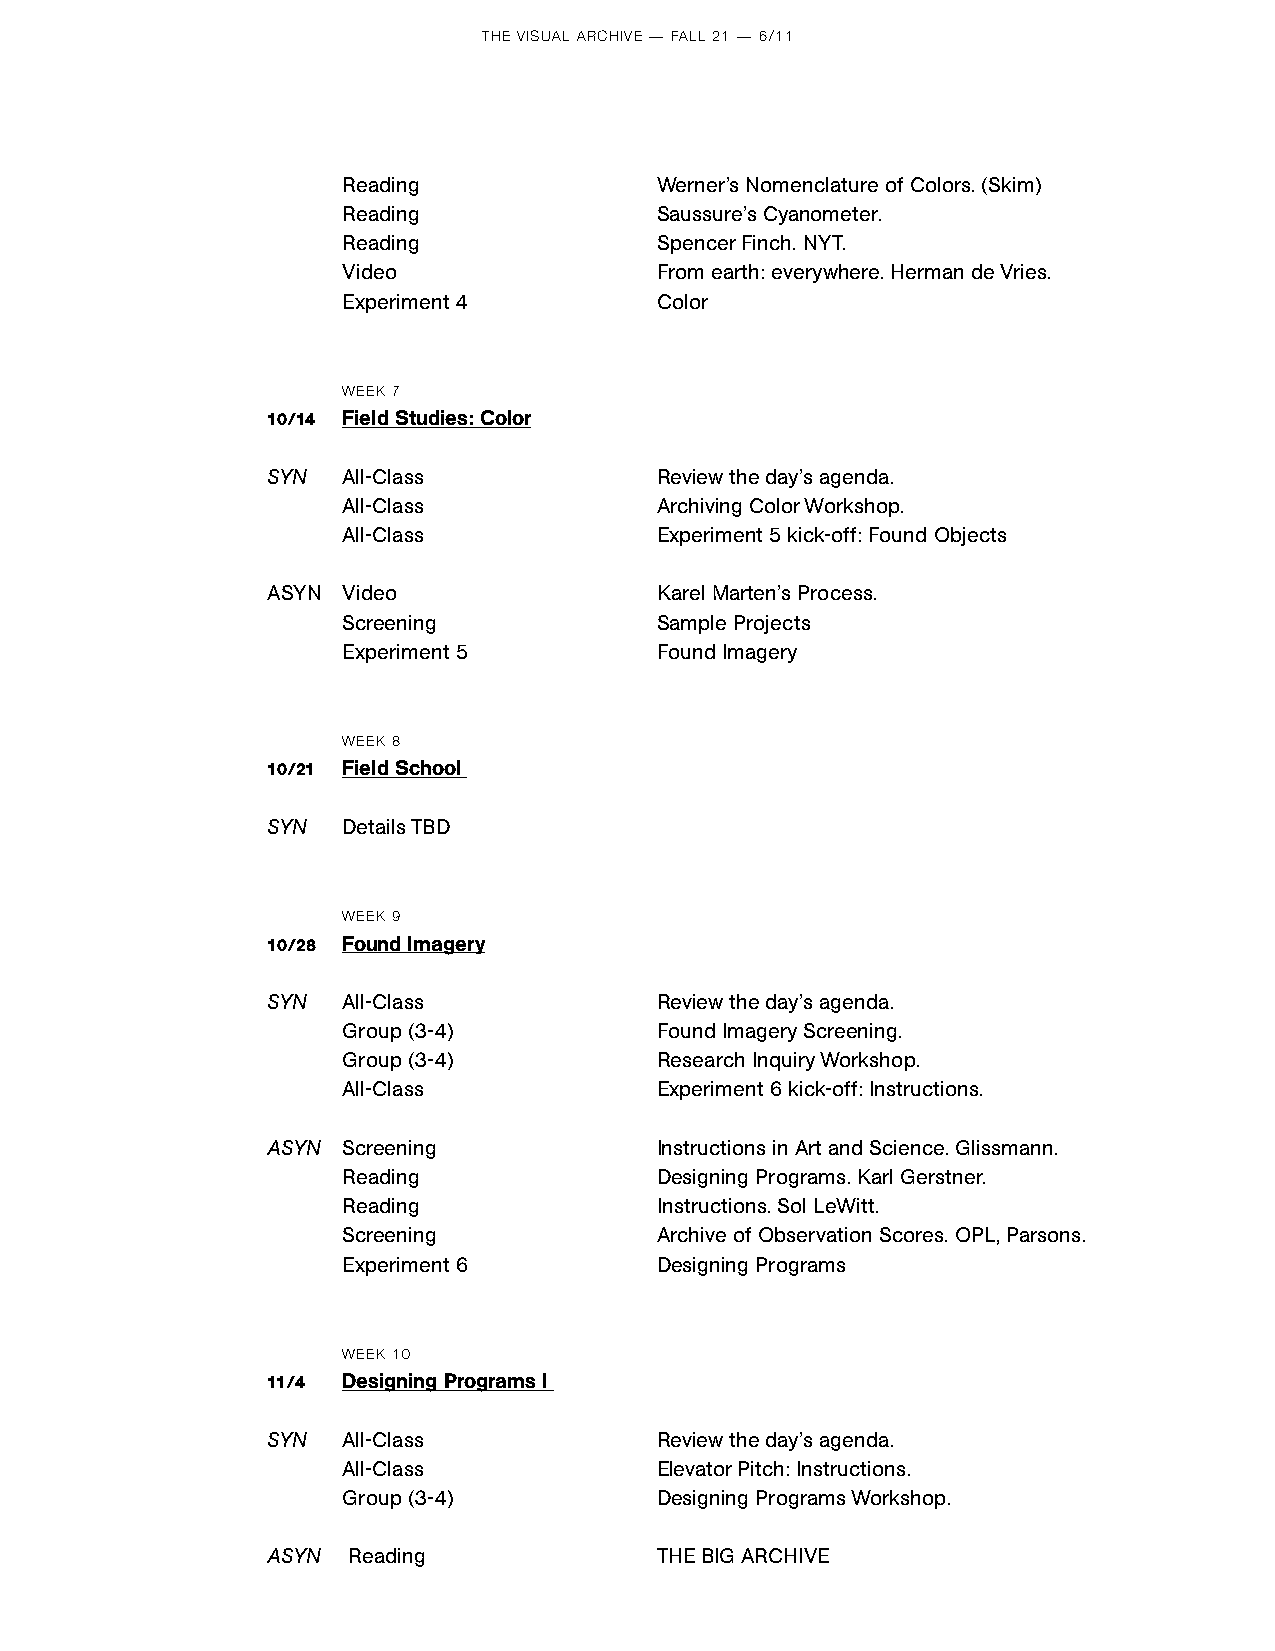
THE VISUAL ARCHIVE — FALL 21 — 6/11
 Reading             Werner’s Nomenclature of Colors. (Skim)
 Reading             Saussure’s Cyanometer.
 Reading             Spencer Finch . NYT.
 Video               From earth: everywhere. Herman de Vries.
 Experiment 4        Color
 WEEK 7
 10/14 Field Studies: Color
 SYN  All-Class           Review the day’s agenda.
 All-Class           Archiving Color Workshop.
 All-Class           Experiment 5 kick-off: Found Objects
 ASYN Video               Karel Marten’s Process.
 Screening           Sample Projects
 Experiment 5        Found Imagery
 WEEK 8
 10/21 Field School
 SYN  Details TBD
 WEEK 9
 10/28 Found Imagery
 SYN  All-Class           Review the day’s agenda.
 Group (3-4)         Found Imagery Screening.
 Group (3-4)         Research Inquiry Workshop.
 All-Class           Experiment 6 kick-off: Instructions.
 ASYN Screening           Instructions in Art and Science. Glissmann.
 Reading             Designing Programs. Karl Gerstner.
 Reading             Instructions. Sol LeWitt.
 Screening           Archive of Observation Scores. OPL, Parsons.
 Experiment 6        Designing Programs
 WEEK 10
 11/4 Designing Programs I
 SYN  All-Class           Review the day’s agenda.
 All-Class           Elevator Pitch: Instructions.
 Group (3-4)         Designing Programs Workshop.
 ASYN Reading             THE BIG ARCHIVE